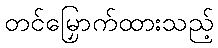
တင်မြှောက်ထားသည့်